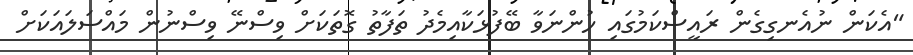
"އެކަން ނުއެނގިގެން ރައީސްކަމުގައި ހުންނަވާ ބޭފުޅަކާއިމެދު ތަފާތު ގޮތަކަށް ވިސްނޭ ވިސްނުން މައްސަލައަކަށް